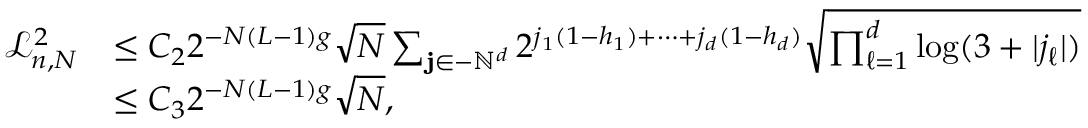
\begin{array} { r l } { \mathcal { L } _ { n , N } ^ { 2 } } & { \leq C _ { 2 } 2 ^ { - N ( L - 1 ) g } \sqrt { N } \sum _ { \mathbf { j } \in - \mathbb { N } ^ { d } } 2 ^ { j _ { 1 } ( 1 - h _ { 1 } ) + \cdots + j _ { d } ( 1 - h _ { d } ) } \sqrt { \prod _ { \ell = 1 } ^ { d } \log ( 3 + | j _ { \ell } | ) } } \\ & { \leq C _ { 3 } 2 ^ { - N ( L - 1 ) g } \sqrt { N } , } \end{array}